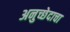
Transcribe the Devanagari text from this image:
अनुच्छेदाचा